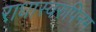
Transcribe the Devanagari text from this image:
राधास्वरुपिनम